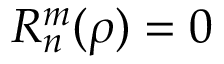
R _ { n } ^ { m } ( \rho ) = 0